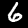
Label: 6